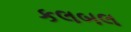
કલબલ